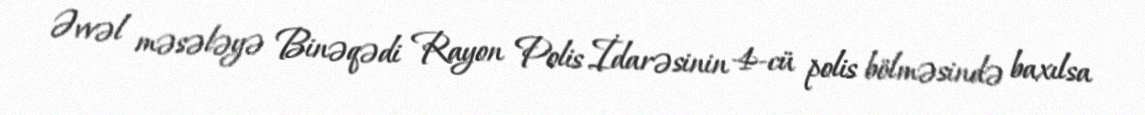
Əvvəl məsələyə Binəqədi Rayon Polis İdarəsinin 4-cü polis bölməsində baxılsa